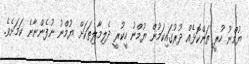
ޔުމްނު ހުރީ ތަންކޮޅެއް ދުރުގައިކަމުން ޔުމްނު ހީކުރީ ދެލިމާލިތަކަށް ޔުމްނު ނުފެންނާނެ ކަމަށެވެ.